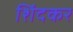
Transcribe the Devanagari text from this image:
शिंदकर